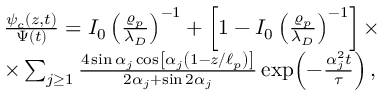
\begin{array} { r l } & { \frac { \psi _ { c } ( z , t ) } { \Psi ( t ) } = I _ { 0 } \left( \frac { \varrho _ { p } } { \lambda _ { D } } \right) ^ { - 1 } + \left[ 1 - I _ { 0 } \left( \frac { \varrho _ { p } } { \lambda _ { D } } \right) ^ { - 1 } \right] \times } \\ & { \times \sum _ { j \ge 1 } \frac { 4 \sin \alpha _ { j } \cos \left[ \alpha _ { j } \left( 1 - z / \ell _ { p } \right) \right] } { 2 \alpha _ { j } + \sin 2 \alpha _ { j } } \exp { \! \left( - \frac { \alpha _ { j } ^ { 2 } t } { \tau } \right) } \, , } \end{array}